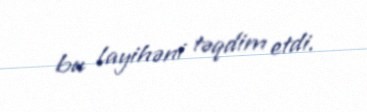
bu layihəni təqdim etdi.